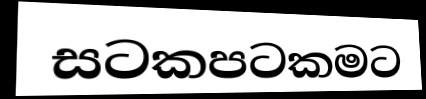
සටකපටකමට